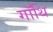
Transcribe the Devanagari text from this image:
गॉथि